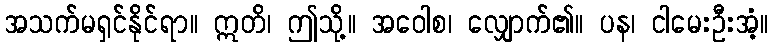
အသက်မရှင်နိုင်ရာ။ ဣတိ၊ ဤသို့။ အဝေါစ၊ လျှောက်၏။ ပန၊ ငါမေးဦးအံ့။